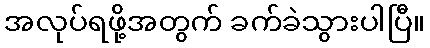
အလုပ်ရဖို့အတွက် ခက်ခဲသွားပါပြီ။